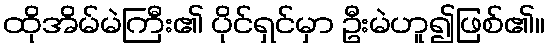
ထိုအိမ်မဲကြီး၏ ပိုင်ရှင်မှာ ဦးမဲဟူ၍ဖြစ်၏။